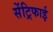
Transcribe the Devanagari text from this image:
सेंट्रिफाई